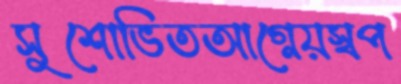
সুশোভিতআগ্নেয়স্বপ